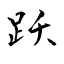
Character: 跃